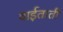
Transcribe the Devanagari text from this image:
वाईताती